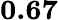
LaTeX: \mathbf{0.67}